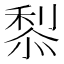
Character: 𥟦